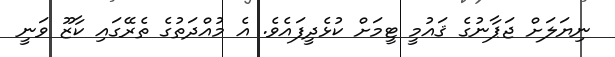
ނިޔަލަށް ޖަޕާނުގެ ޤައުމީ ޓީމަށް ކުޅެދީފައެވެ. އެ މުއްދަތުގެ ތެރޭގައި ކާޒޫ ވަނީ